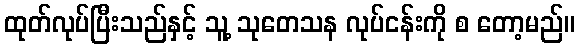
ထုတ်လုပ်ပြီးသည်နှင့် သူ့ သုတေသန လုပ်ငန်းကို စ တော့မည်။